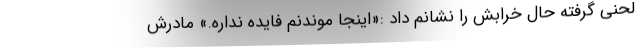
لحنی گرفته حال خرابش را نشانم داد :«اینجا موندنم فایده نداره.» مادرش